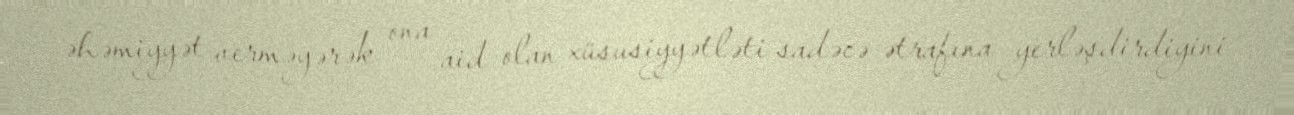
əhəmiyyət verməyərək ona aid olan xüsusiyyətləti sadəcə ətrafına yerləşdirdiyini